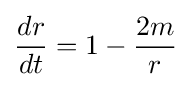
{\frac {dr}{dt}}=1-{\frac {2m}{r}}